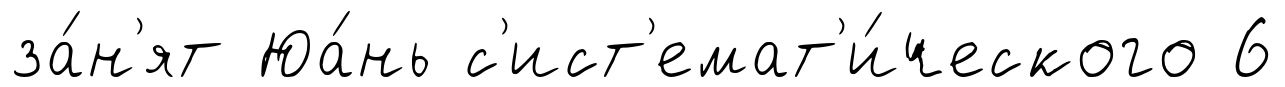
за́н'ят Юа́нь с'ист'емат'и́ческого 6